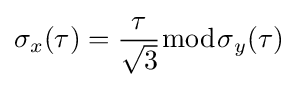
\sigma _{x}(\tau )={\frac {\tau }{\sqrt {3}}}{\bmod {\sigma }}_{y}(\tau )